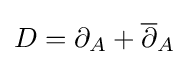
D=\partial _{A}+{\overline {\partial }}_{A}